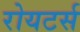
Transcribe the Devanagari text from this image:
रोयटर्स